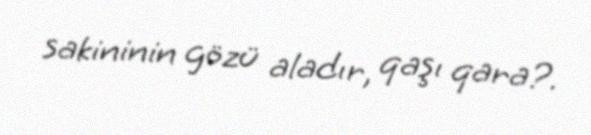
sakininin gözü aladır, qaşı qara?.